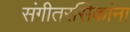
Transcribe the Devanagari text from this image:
संगीतरसिकांना